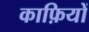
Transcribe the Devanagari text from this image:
काफ़ियों